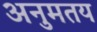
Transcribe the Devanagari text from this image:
अनुमतय